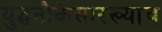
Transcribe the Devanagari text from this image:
युद्धनौकेसारख्याच